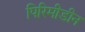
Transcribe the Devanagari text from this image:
पिरिमीडीन